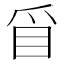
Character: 𥄃